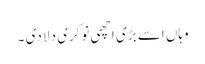
وہاں اسے بڑی اچھی نوکری دلا دی ۔